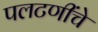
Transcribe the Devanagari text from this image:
पलटणींचे